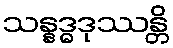
သန္နဒ္ဓဒုဿန္တိ